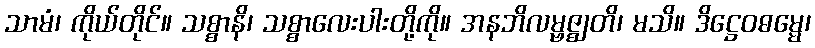
သာမံ၊ ကိုယ်တိုင်။ သစ္စာနိ၊ သစ္စာလေးပါးတို့ကို။ အနဘိလမ္ဗဇ္ဈတိ၊ မသိ။ ဒိဋ္ဌေဝဓမ္မေ၊